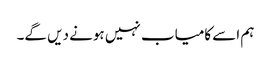
ہم اسے کامیاب نہیں ہونے دیں گے۔